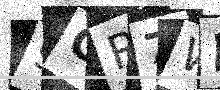
Text: 9GR7WL